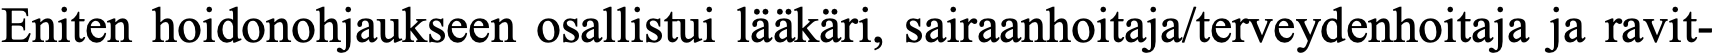
Eniten hoidonohjaukseen osallistui lääkäri, sairaanhoitaja/terveydenhoitaja ja ravit-